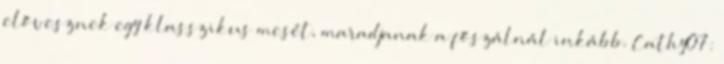
elővesznek egy klasszikus mesét, maradjanak a főszálnál inkább. Cathy07: